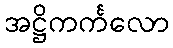
အဋ္ဌိကင်္ကလော